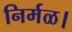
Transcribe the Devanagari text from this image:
निर्मळ।